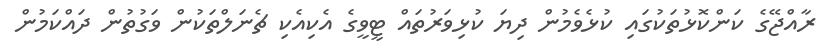
ރާއްޖޭގެ ކަންކޮޅުތަކުގައި ކުޅެވެމުން ދިޔަ ކުޅިވަރުތައް ޓީވީގެ އެކިއެކި ޗެނަލްތަކުން ވަގުތުން ދައްކަމުން